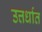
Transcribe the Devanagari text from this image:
उत्तर्धात